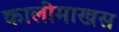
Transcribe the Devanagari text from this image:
कालीमाखस